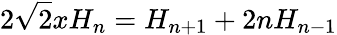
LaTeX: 2\sqrt{2}xH_{n}=H_{n+1}+2nH_{n-1}